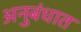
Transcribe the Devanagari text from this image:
अनुबंधात